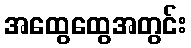
အထွေထွေအတွင်း